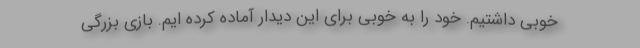
خوبی داشتیم. خود را به خوبی برای این دیدار آماده کرده ایم. بازی بزرگی